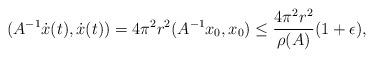
LaTeX: \begin{align*}(A^{-1} \dot{x}(t), \dot{x}(t)) = 4 \pi^2 r^2 (A^{-1} x_0,x_0) \leq \frac{4 \pi^2 r^2}{\rho(A)} (1+\epsilon),\end{align*}